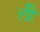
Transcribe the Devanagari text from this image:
लीे